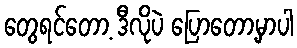
တွေရင်တော့ ဒီလိုပဲ ပြောတော့မှာပါ